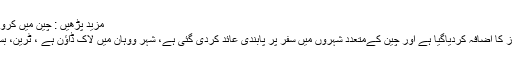
مزید پڑھیں : چین میں کرونا وائرس سے ہلاک افراد کی تعداد 80 ہو گئی
چینی نئے سال کی قومی تعطیلات میں تین روز کا اضافہ کردیاگیا ہے اور چین کےمتعدد شہروں میں سفر پر پابندی عائد کردی گئی ہے، شہر ووہان میں لاک ڈاؤن ہے ، ٹرین، بسوں اورہوائی جہازوں کی آمدورفت معطل ہے۔